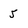
Character: 5